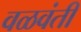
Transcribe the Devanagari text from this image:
वळवंती